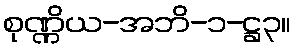
စုဏ္ဏိယ-အဘိ-၁-ဋ္ဌ၃။